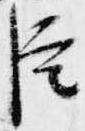
臣